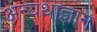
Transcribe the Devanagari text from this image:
अन्यथाज्ञान